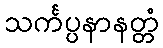
သင်္ကပ္ပနာနတ္တံ